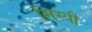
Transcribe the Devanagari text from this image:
मिस्‍त्री